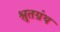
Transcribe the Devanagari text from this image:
श्रुतग्रंथ